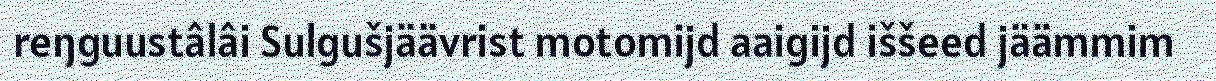
reŋguustâlâi Sulgušjäävrist motomijd aaigijd iššeed jäämmim